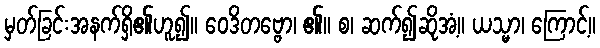
မှတ်ခြင်းအနက်ရှိ၏ဟူ၍။ ဝေဒိတဗ္ဗော၊ ၏။ စ၊ ဆက်၍ဆိုအံ့။ ယသ္မာ၊ ကြောင့်။